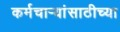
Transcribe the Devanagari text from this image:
कर्मचार्‍यांसाठीच्या